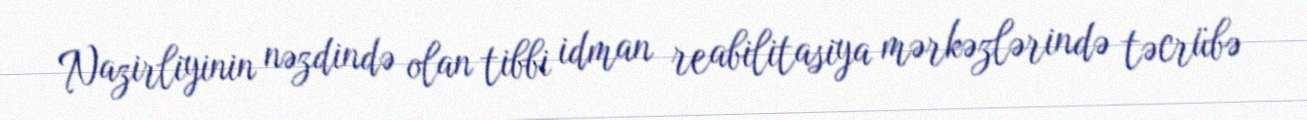
Nazirliyinin nəzdində olan tibbi idman reabilitasiya mərkəzlərində təcrübə